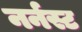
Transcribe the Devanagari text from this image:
नर्नस्ट